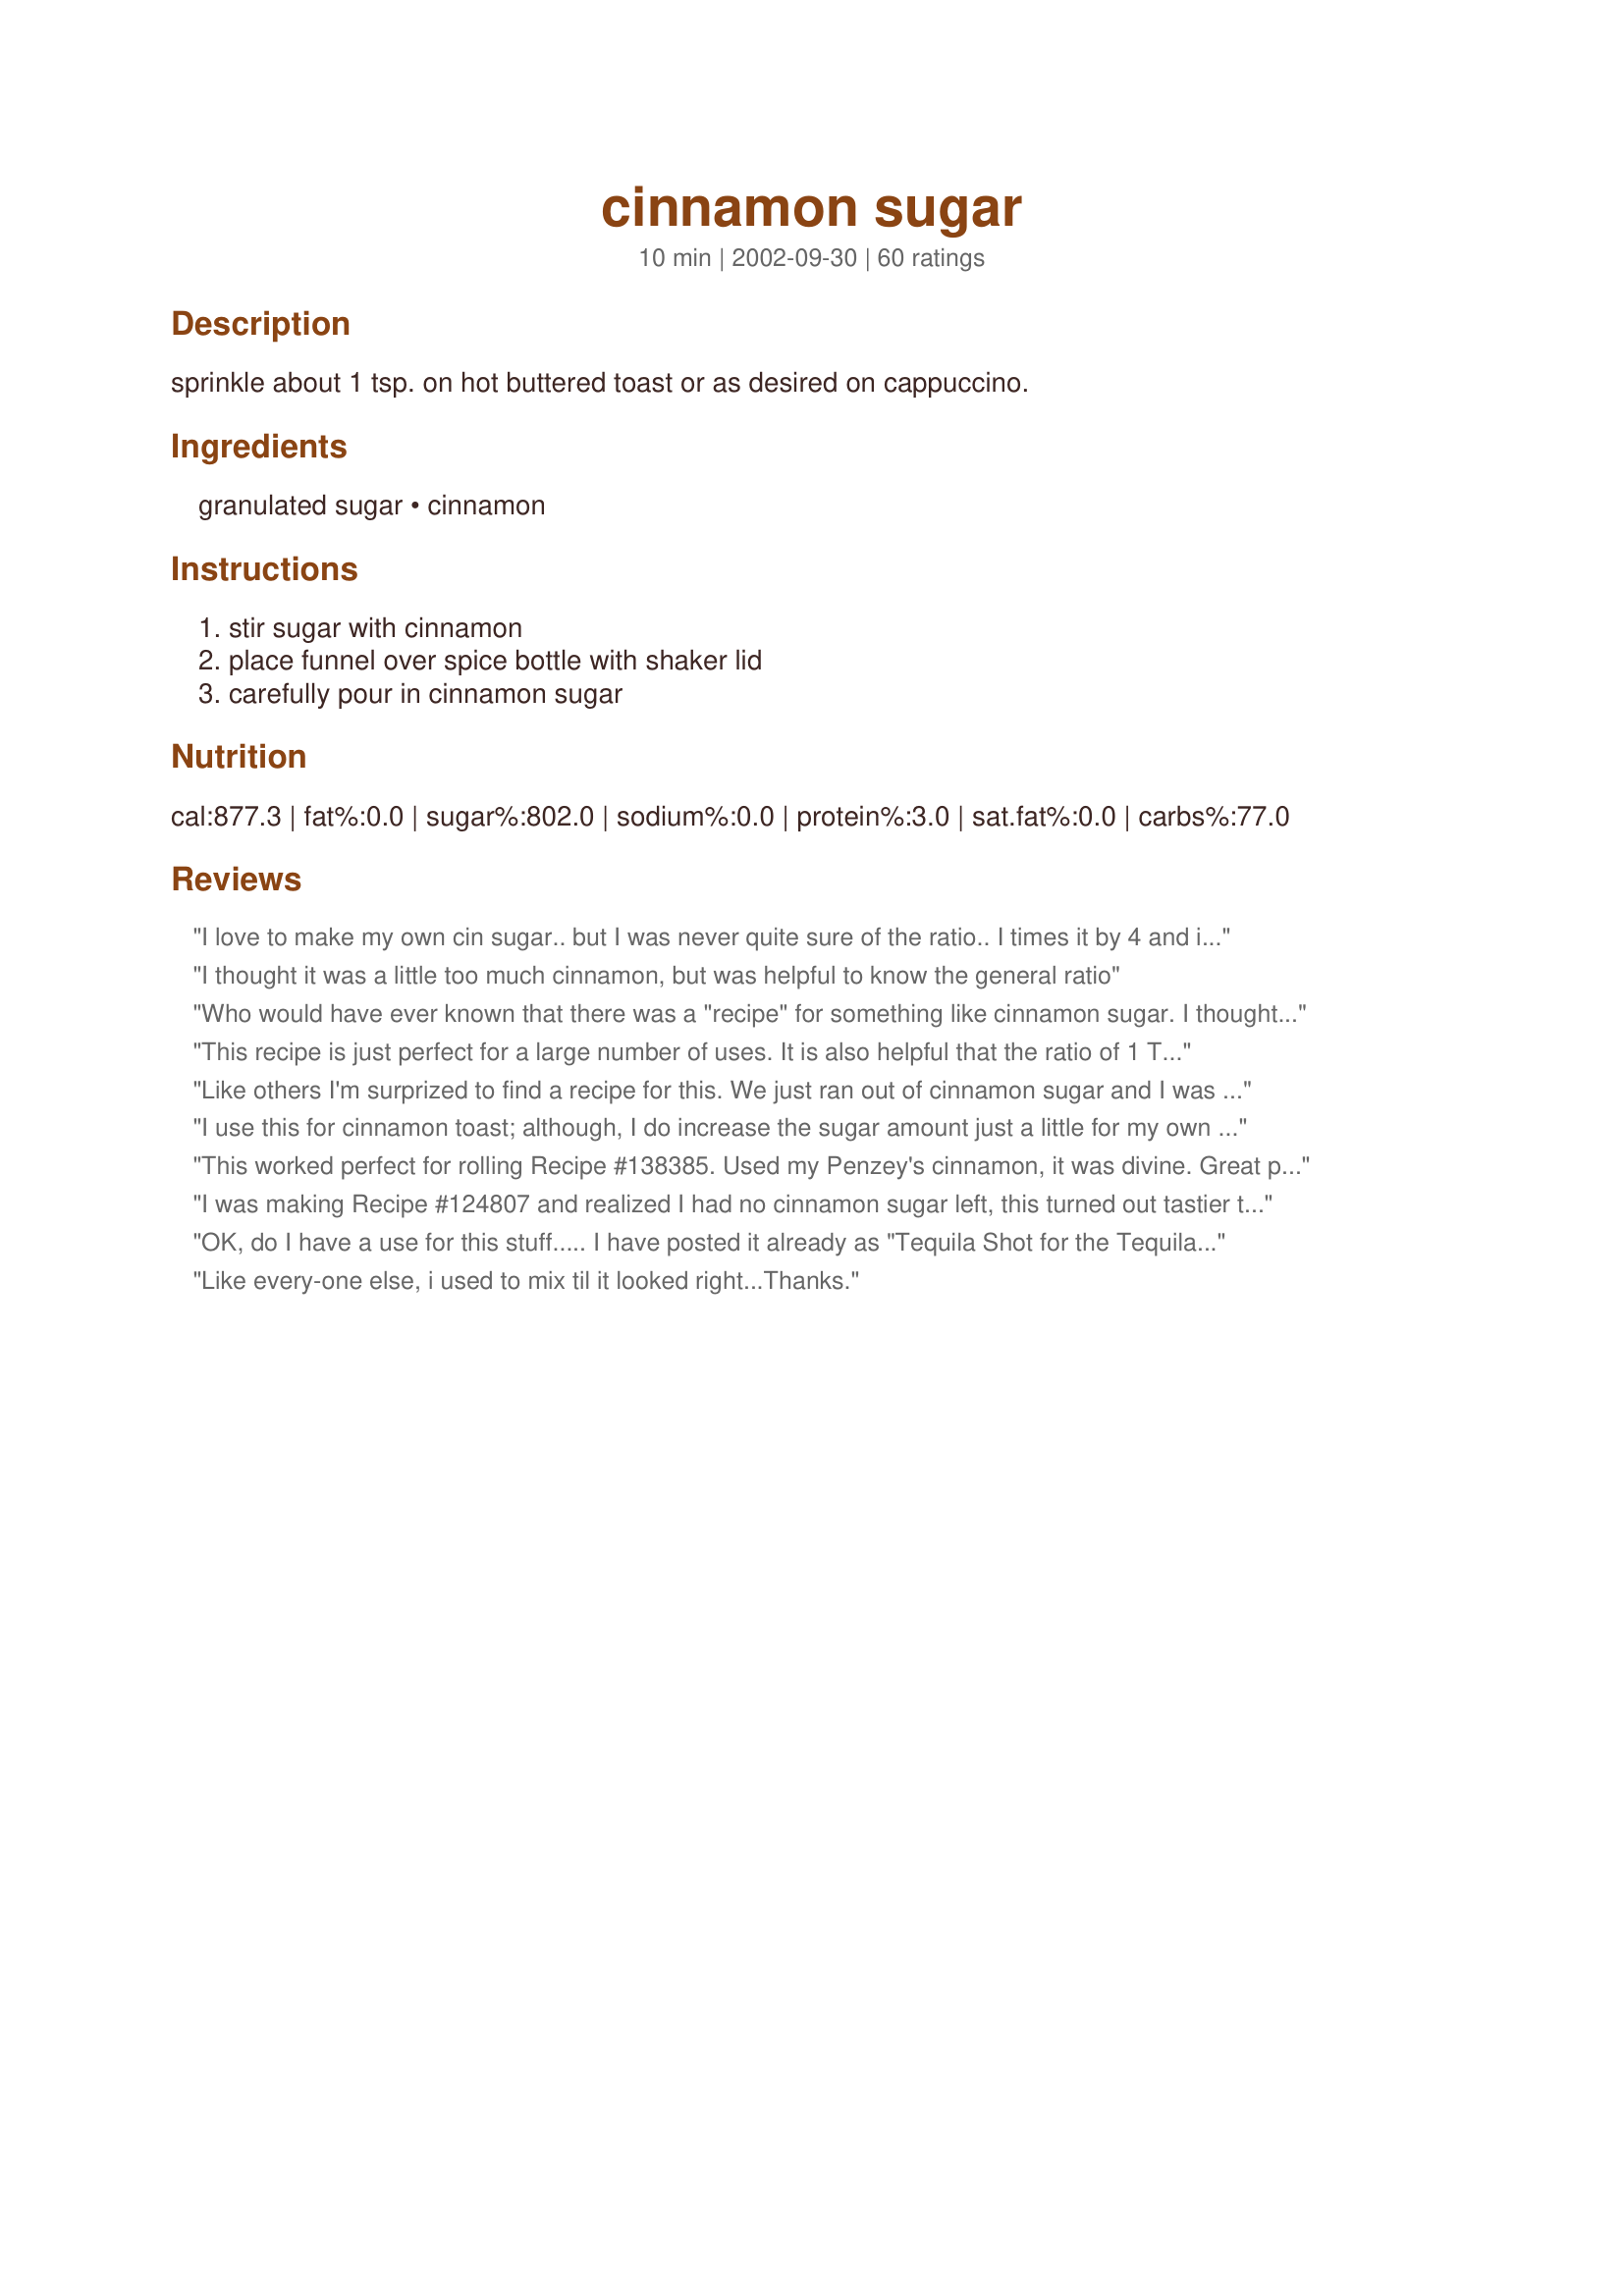
cinnamon sugar
Preparation time: 10 minutes

sprinkle about 1 tsp. on hot buttered toast or as desired on cappuccino.

Ingredients:
granulated sugar, cinnamon

Steps:
stir sugar with cinnamon, place funnel over spice bottle with shaker lid, carefully pour in cinnamon sugar

Reviews:
I love to make my own cin sugar..
but I was never quite sure of the ratio..
I times it by 4 and it filled a 
7oz cin sugar container I had bought awhile back
this is the PERFECT ratio to me..I then used it to put on these..(these are great too

Recipe #78711

it is nice to know the right amounts..thank you
I thought it was a little too much cinnamon, but was helpful to know the general ratio
Who would have ever known that there was a "recipe" for something like cinnamon sugar. I thought you just mixed sugar with cinnamon until it looked light brown. This is the PERFECT ratio. You wouldn't believe how many people I've shared this recipe with. Thanks
This recipe is just perfect for a large number of uses. It is also helpful that the ratio of 1 Tbsp sugar to 1 tsp cinnamon is easy to remember and makes it simple to make just the amount you need. Thanks!
Like others I'm surprized to find a recipe for this. We just ran out of cinnamon sugar and I was craving toast so, as a long shot, I decided to check to see if zaar had the perfect combination and voila! Thanks again, dancer. Kelly :)
I use this for cinnamon toast; although, I do increase the sugar amount just a little for my own taste. Sprinkle this on a piece of buttered toast and place under a low broiler for a couple of minutes and you have a delicious and healthy treat. Thanks for sharing.
This worked perfect for rolling Recipe #138385. Used my Penzey's cinnamon, it was divine. Great proportions, thanks!
I was making Recipe #124807 
and realized I had no cinnamon sugar left, this turned out tastier then store bought!! 
Enough saidâ€¦
OK, do I have a use for this stuff.....
I have posted it already as "Tequila Shot for the Tequila Enthusiast". It is so, so, so divine... you won't believe it. Take an orange wedge and dip it into this mixture. Bite into the orange as a chaser after shooting your favorite (preferably Don Julio, reposado) tequila. Bye, bye lime and salt!!! Que sabroso!
Like every-one else, i used to mix til it looked right...Thanks.
Yummy... I had been craving cinnamon toast for awhile and then came across this recipe. Had this sprinkled on buttered toast for breakfast this morning and it was delicious. Thanks for posting!
Thanks for posting this recipe. My Costco cinnamon is a little on the strong side so I opted for 3 teaspoons of cinnamon instead of 4. It was the perfect proportion for us. I used this to top a bread pudding and it really enhanced the taste. Will keep some on hand for future recipes.
I always have this in my cupboard mixed up for my three children. I put it into a small glass shaker with a lid and it will keep until it is all used up.
I was making recipe #279585 and wasn't sure of the right proportion of cinnamon to sugar. This is it!
I had always thrown together the cinnamon & sugar until I thought it was the right color, now I know it's the wrong way to do it. Follow this recipe and it will be perfect!! I'm so glad you posted this. Thank you!!
this had waaaaaay too much cinnamon for me
Very good-exactly what I was looking for. Next time I'll try it with superfine sugar like Longhorn Mama suggested...Thanks Dancer!
I don't think I have ever made cinnamon sugar from a recipe. I usually just dump and stir until it looks like I think it should. This recipe was the perfect combination of cinnamon and sugar. I used this to make <a href="/72267">Peachy Cheesecake Squares</a>. Look forward to giving it a try on cinnamon toast.
This recipe is what I have been searching for. The stuff we bought at the bulk store was way too sweet. Not so with this! It is quick, easy and cheaper than store bought. My sons actually put it together for me. My one son decided that he doesn't like cinnamon... but he loves this stuff because there is the perfect balance of sweetness with the cinnamon. Thanks for posting!
5 stars . perfect blend of spices; it takes something ordinary into a special category
Apparently I've been using too much cinnamon in my mixture because I would sometimes inhale some and cough like a crazy person! Ha ha! This blend is perfect. Made for Sun and Spice. Thanks Dancer^! :)
I know it seems silly to need a recipe for this but it's so yummy and it gets the correct ratio!! Thanks, my son and I love this on toast for breakfast.
This is a cheaper way of making Cinnamon Sugar instead of buying it from the supermarket. It was perfect flavour, I used it tonight on top of Recipe #137128. Thank you Dancer^
I will always have this in the cupboard for my husband .... and the grandchildren when they come to visit!!!
Absolutely perfect ratio! I needed it to roll sugar cookies in before baking. Thanks for posting!!
I used a really strong Saigon cinnamon so I reduced the amount to 3 tsp. Looks beautiful and is perfect for Recipe #48241
I have always seen this pre-made at the store, and wondered what the ratio was so i could make it at home for myself. Thanks so much for sharing! This was also great to dip snickerdoodle cookie dough into as well. This is also great for cinnamon toast! Thanks again!
Rated very High!!! For Thank You for putting the wonder in the sugar/cinnamon ratio. My granddaughter is pleased with her toast and frech toast...Thank You...Hugs
mmm mmm! very tasty! I love cinnamon sugar toast. I also love topping hot chocolate or chai with it.
love it.
Dancer, thank you so much for sharing this perfect ratio for making cinnamon sugar. I love to use it on top of almost everything, but especially on creamed rice. YUM!<br/>Made and reviewed for the NA/ME Veggie Forum Sun and Spice Event 2013.
Perfect proportions! The kids are really into cinnamon toast so I keep this in a small shaker which they love to use. If you like that finer texture of cinnamon sugar from the baking aisle, use superfine sugar. Thanks, Dancer, for posting!
Perfect combination - just needed a reminder of the ratio! Thanks for posting.
It should be 1/4 C sugar to 1 TBsp cinnamon (1 TBsp equals 3 teaspoons), standard mixture 4 sugar to 1 cinnamon.
This is great stuff. I top my scones with it after doing an egg wash and before popping them into the oven. It adds just the right amount of sweetness and flavor.
This is an excellent cinnamon sugar mix. I bought some shakers in the dollar store and filled them up with this heavenly mixture. They will make great gifts too with a pretty label made on my computer and some recipes and non-perishable ingredients to go with it. I used this cinnamon sugar to make recipe #123232 and recipe #80681. This sugar mix will also be excellent for other fruit crisp recipes, crepes, pancakes and any baking recipes that call for cinnamon sugar. I have always loved cinnamon toast and a cup of cocoa. Now I have the proper measurements instead of 'guessing' the amounts to put together. Thanks for posting. Burnice :)
Two ingredients, two steps - it couldn't get any easier than this! This was great sprinkled on the recipe #76946 I made yesterday (I put it on the bread prior to baking it). I have quite a bit leftover but I'm sure that it won't go to waste! ;) Thank you for posting this recipe!
THANK YOU so much for posting the recipe. It saved my Norwegian Apple Cake. As I didn't need so much Cinnamon Sugar, I made it with 1 tbsn Sugar with 1 tspn Cinnamon Powder. Sure smells good!
Never could get the proportions right but so glad you did! Won't be buying anymore of those cute little shakers from here on in. TFS
This is exactly what I do too! My brothers and sisters love to make toast with butter, and then sprinkle cinnamon sugar on top so that it all melts together! So good! I myself used to take the bottle of it out of the cupboard and eat it with my finger! (When I was about 5!) I love sprinkling it on a piece of Lefse, and rolling it up. Thanks for reminding me!
This is a perfectly-balanced blend of cinnamon and sugar. A great mix that I always have on hand (and never waste money buying pre-made from store) . My family loves it on cinnamon crispas, cinnamon toast and french toast. Thanks!
This is a wonderful gift to give to family and friends! I've just made a batch and it smells and tastes excellent! Thanks a bunch for posting!
Add me to the list of people who regularly keep a shaker full of this on hand. I am eating it on my buttered toast as I write this while I am taking a break from all the Christmas stress. Yummmm!
I gave this recipe 5 stars. My family loves Cinnamon Sugar on toast. Thanks for posting a yummy recipe! Christine (internetnut)
I used this to roll cinnamon cookies in. It was perfect. Thanks for the recipe
This is the perfect ratio. I use Splenda instead of sugar.
This is great! i have always kept a shaker for a cinnamon/sugar mixture - but just mixed sugar & cinnamon to a certain color. The ratio of this recipe is perfect!! and very easy to remember! Thanks!
Good ratio.
Great! I needed some for recipe #121031 and this was the solution. I didn't have a container to store it in so I was glad to find a recipe that didn't make a ton!
This brings back childhood memories! I am going to have to try this on my grandaughter when she comes to spend the night. I love it on toast with hot chocolate as an evening snack.
I needed cinnamon sugar to roll some cinnamon cookies in and so I used your recipe! Thank you!
This is really great. Reminds me of growing up. My Mom always had a shaker of cinnamon & sugar for our hot buttered toast. I didn't have an empty spice shaker bottle but to my good fortune, I had exactly the 4 tsp. of cinnamon this recipe calls for. I placed the cinnamon & sugar in a bowl & blended well with a spoon then I used a funnel to place the mixture into the empty cinnamon spice bottle. I relabeled the bottle to read cinnamon & sugar. This mixture is also great on flour tortillas. Spread butter & this mixture on a flour tortilla, roll it up, place seam side down on a plate. Place in microwave till just warm. That's it! Tastes good & very kid friendly. Dancer, thank you for sharing this recipe.
This was great - the ratio was perfect!! I found that just sprinling it on fresh white bread with plenty of butter is amazing. Thanks!!!
Thank you so much for this recipe! My kids love cinnamon sugar toast and now I don't have to buy bottles of it at the store anymore!
Perfect! Thanks so much, Dancer^!
Great, needed a reminder on sugar to cinnamon ratio. This was a nice time saver.
I always keep a shaker full of this on hand. I really like it on hot buttered toast with a cup of tea.
Awesome. My son loves to put it on toast :-)
Thanks for the ratio-I was thinkin about mixing some up for gifts along with some other goodies-but like another person wrote-they thought you just mixed the two together til ya got the color you like-that's always been me.-I'm excited-now I can mix some up and place in pretty canning jars as part of my "homemade" Christmas gift goodies
Thank you so much for posting this simple receipe. My mom spoiled me and never made me help in the kitchen, thus I know nothing about cooking. Now with a family of my own, and my mom passed away, helpful hints are really appreciated. Thanks again, 

Clueless in the Kitchen
I always wondered about this too. I made it for my nephews and they loved it.
